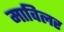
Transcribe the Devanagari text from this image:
माविलर